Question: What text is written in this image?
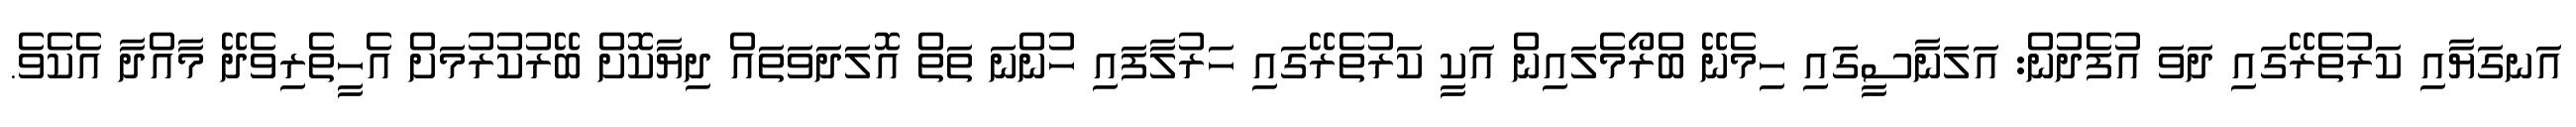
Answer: އަނގަޔާއި ކަރުތެރޭގައި ދަވަ އުފެދުން: އަލަނާސީގައި ހިމެނޭ ބްރޯމެލައިން އަކީ ކަރުތެރޭގައި ހަރުލާފައި ހުންނަ ތަތް އޮލަދަވަތައް ދިޔާކޮށް ބޭރުކުރުމަށް އެހީތެރިވެދޭ މާއްދާ އެކެވެ.